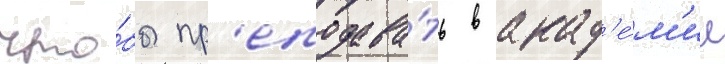
что́бы пр'еподава́ть в акад'е́м'ии